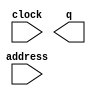
// megafunction wizard: %ROM: 1-PORT%VBB%
// GENERATION: STANDARD
// VERSION: WM1.0
// MODULE: altsyncram 

// ============================================================
// Megafunction Name(s):
// 			altsyncram
//
// Simulation Library Files(s):
// 			altera_mf
// ============================================================
// ************************************************************
// THIS IS A WIZARD-GENERATED FILE. DO NOT EDIT THIS FILE!
//
// 16.0.0 Build 211 04/27/2016 SJ Standard Edition
// ************************************************************

//Copyright (C) 1991-2016 Altera Corporation. All rights reserved.
//Your use of Altera Corporation's design tools, logic functions 
//and other software and tools, and its AMPP partner logic 
//functions, and any output files from any of the foregoing 
//(including device programming or simulation files), and any 
//associated documentation or information are expressly subject 
//to the terms and conditions of the Altera Program License 
//Subscription Agreement, the Altera Quartus Prime License Agreement,
//the Altera MegaCore Function License Agreement, or other 
//applicable license agreement, including, without limitation, 
//that your use is for the sole purpose of programming logic 
//devices manufactured by Altera and sold by Altera or its 
//authorized distributors.  Please refer to the applicable 
//agreement for further details.

module catChicken2 (
	address,
	clock,
	q);

	input	[14:0]  address;
	input	  clock;
	output	[2:0]  q;
`ifndef ALTERA_RESERVED_QIS
// synopsys translate_off
`endif
	tri1	  clock;
`ifndef ALTERA_RESERVED_QIS
// synopsys translate_on
`endif

endmodule

// ============================================================
// CNX file retrieval info
// ============================================================
// Retrieval info: PRIVATE: ADDRESSSTALL_A NUMERIC "0"
// Retrieval info: PRIVATE: AclrAddr NUMERIC "0"
// Retrieval info: PRIVATE: AclrByte NUMERIC "0"
// Retrieval info: PRIVATE: AclrOutput NUMERIC "0"
// Retrieval info: PRIVATE: BYTE_ENABLE NUMERIC "0"
// Retrieval info: PRIVATE: BYTE_SIZE NUMERIC "8"
// Retrieval info: PRIVATE: BlankMemory NUMERIC "0"
// Retrieval info: PRIVATE: CLOCK_ENABLE_INPUT_A NUMERIC "0"
// Retrieval info: PRIVATE: CLOCK_ENABLE_OUTPUT_A NUMERIC "0"
// Retrieval info: PRIVATE: Clken NUMERIC "0"
// Retrieval info: PRIVATE: IMPLEMENT_IN_LES NUMERIC "0"
// Retrieval info: PRIVATE: INIT_FILE_LAYOUT STRING "PORT_A"
// Retrieval info: PRIVATE: INIT_TO_SIM_X NUMERIC "0"
// Retrieval info: PRIVATE: INTENDED_DEVICE_FAMILY STRING "Cyclone V"
// Retrieval info: PRIVATE: JTAG_ENABLED NUMERIC "0"
// Retrieval info: PRIVATE: JTAG_ID STRING "NONE"
// Retrieval info: PRIVATE: MAXIMUM_DEPTH NUMERIC "0"
// Retrieval info: PRIVATE: MIFfilename STRING "./MIF/catChicken2.mif"
// Retrieval info: PRIVATE: NUMWORDS_A NUMERIC "19200"
// Retrieval info: PRIVATE: RAM_BLOCK_TYPE NUMERIC "0"
// Retrieval info: PRIVATE: RegAddr NUMERIC "1"
// Retrieval info: PRIVATE: RegOutput NUMERIC "0"
// Retrieval info: PRIVATE: SYNTH_WRAPPER_GEN_POSTFIX STRING "0"
// Retrieval info: PRIVATE: SingleClock NUMERIC "1"
// Retrieval info: PRIVATE: UseDQRAM NUMERIC "0"
// Retrieval info: PRIVATE: WidthAddr NUMERIC "15"
// Retrieval info: PRIVATE: WidthData NUMERIC "3"
// Retrieval info: PRIVATE: rden NUMERIC "0"
// Retrieval info: LIBRARY: altera_mf altera_mf.altera_mf_components.all
// Retrieval info: CONSTANT: ADDRESS_ACLR_A STRING "NONE"
// Retrieval info: CONSTANT: CLOCK_ENABLE_INPUT_A STRING "BYPASS"
// Retrieval info: CONSTANT: CLOCK_ENABLE_OUTPUT_A STRING "BYPASS"
// Retrieval info: CONSTANT: INIT_FILE STRING "./MIF/catChicken2.mif"
// Retrieval info: CONSTANT: INTENDED_DEVICE_FAMILY STRING "Cyclone V"
// Retrieval info: CONSTANT: LPM_HINT STRING "ENABLE_RUNTIME_MOD=NO"
// Retrieval info: CONSTANT: LPM_TYPE STRING "altsyncram"
// Retrieval info: CONSTANT: NUMWORDS_A NUMERIC "19200"
// Retrieval info: CONSTANT: OPERATION_MODE STRING "ROM"
// Retrieval info: CONSTANT: OUTDATA_ACLR_A STRING "NONE"
// Retrieval info: CONSTANT: OUTDATA_REG_A STRING "UNREGISTERED"
// Retrieval info: CONSTANT: WIDTHAD_A NUMERIC "15"
// Retrieval info: CONSTANT: WIDTH_A NUMERIC "3"
// Retrieval info: CONSTANT: WIDTH_BYTEENA_A NUMERIC "1"
// Retrieval info: USED_PORT: address 0 0 15 0 INPUT NODEFVAL "address[14..0]"
// Retrieval info: USED_PORT: clock 0 0 0 0 INPUT VCC "clock"
// Retrieval info: USED_PORT: q 0 0 3 0 OUTPUT NODEFVAL "q[2..0]"
// Retrieval info: CONNECT: @address_a 0 0 15 0 address 0 0 15 0
// Retrieval info: CONNECT: @clock0 0 0 0 0 clock 0 0 0 0
// Retrieval info: CONNECT: q 0 0 3 0 @q_a 0 0 3 0
// Retrieval info: GEN_FILE: TYPE_NORMAL catChicken2.v TRUE
// Retrieval info: GEN_FILE: TYPE_NORMAL catChicken2.inc FALSE
// Retrieval info: GEN_FILE: TYPE_NORMAL catChicken2.cmp FALSE
// Retrieval info: GEN_FILE: TYPE_NORMAL catChicken2.bsf FALSE
// Retrieval info: GEN_FILE: TYPE_NORMAL catChicken2_inst.v FALSE
// Retrieval info: GEN_FILE: TYPE_NORMAL catChicken2_bb.v TRUE
// Retrieval info: LIB_FILE: altera_mf